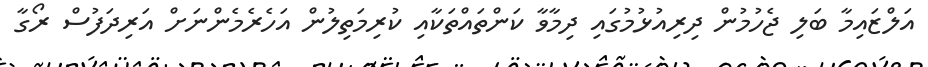
އަލްޒައިމާ ބަލި ޖެހުމުން ދިރިއުޅުމުގައި ދިމާވާ ކަންތައްތަކާއި ކުރިމަތިލުން އަހެރެމެންނަށް އަރިދަފުސް ރޯގާ